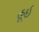
હૂઇ